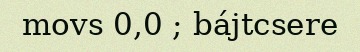
movs 0,0 ; bájtcsere